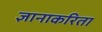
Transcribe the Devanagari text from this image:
ज्ञानाकरिता